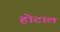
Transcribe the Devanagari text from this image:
होटाल